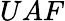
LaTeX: UAF